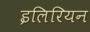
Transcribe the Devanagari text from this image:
इलिरियन